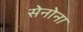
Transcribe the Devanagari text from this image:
सेनोना